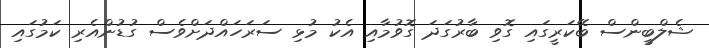
ޝެލްބީންސް ބޭކަރީގައި ގޮވި ބާރުގަދަ ގޮވުމާއި އެކު މުޅި ސަރަހައްދަށްވެސް ގުޑުންއެރި ކަމުގައި